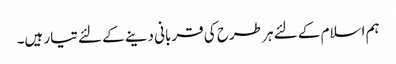
ہم اسلام کے لئے ہر طرح کی قربانی دینے کے لئے تیار ہیں۔